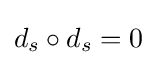
d_{s}\circ d_{s}=0